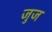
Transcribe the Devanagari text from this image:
जुज